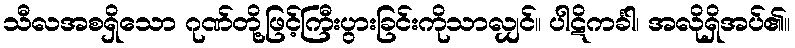
သီလအစရှိသော ဂုဏ်တို့ဖြင့်ကြီးပွားခြင်းကိုသာလျှင်။ ပါဋိကင်္ခါ၊ အလိုရှိအပ်၏။